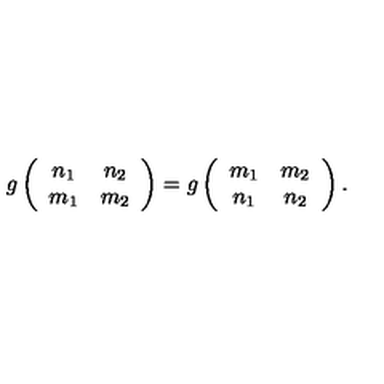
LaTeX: g \left( \begin{array} { c c } { n _ { 1 } } & { n _ { 2 } } \\ { m _ { 1 } } & { m _ { 2 } } \\ \end{array} \right) = g \left( \begin{array} { c c } { m _ { 1 } } & { m _ { 2 } } \\ { n _ { 1 } } & { n _ { 2 } } \\ \end{array} \right) .